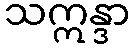
သဣန္ဒာ